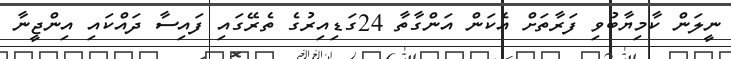
ނީލަން ކާމިޔާބުވި ފަރާތަށް އެކަން އަންގާތާ 24ގަޑިއިރުގެ ތެރޭގައި ފައިސާ ދައްކައި އިންޖީނާ